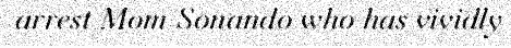
arrest Mom Sonando who has vividly